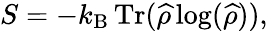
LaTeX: S=-k_{\mathrm{B}}\operatorname{Tr}({\widehat{\rho}}\log({\widehat{\rho}})),